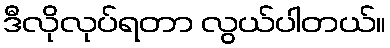
ဒီလိုလုပ်ရတာ လွယ်ပါတယ်။